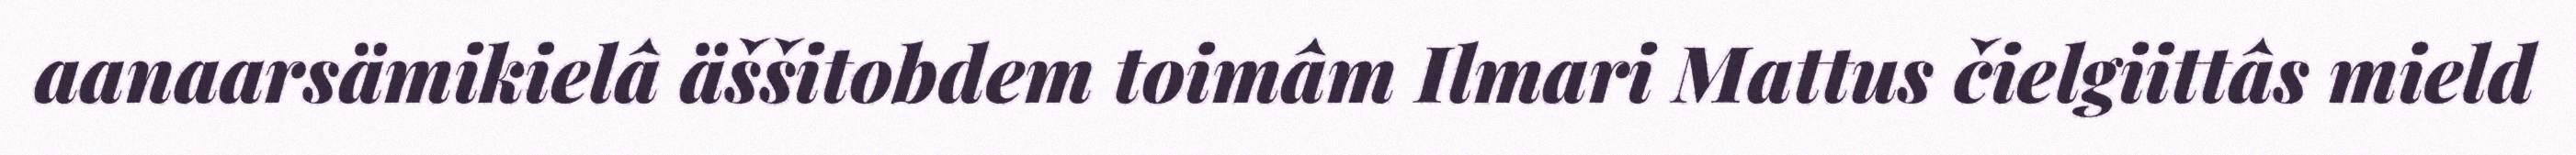
aanaarsämikielâ äššitobdem toimâm Ilmari Mattus čielgiittâs mield